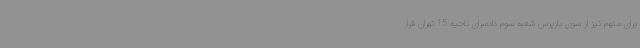
برای متهم نیز از سوی بازپرس شعبه سوم دادسرای ناحیه 15 تهران قرار